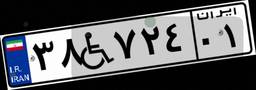
۳۸W۷۲۴۰۱